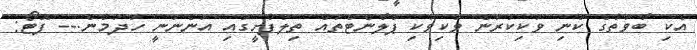
އެކި ބާވަތުގެ ކުނި ވަކިކުރަން ވަކިވަކި ޕްލާންޓްތައް ތިލަފުށީގައި އަންނަނީ ހަދަމުން.-- ފޮޓޯ: